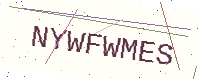
Text: NYWFWMES